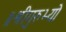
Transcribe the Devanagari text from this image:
॥श्रीगुरुभ्यो